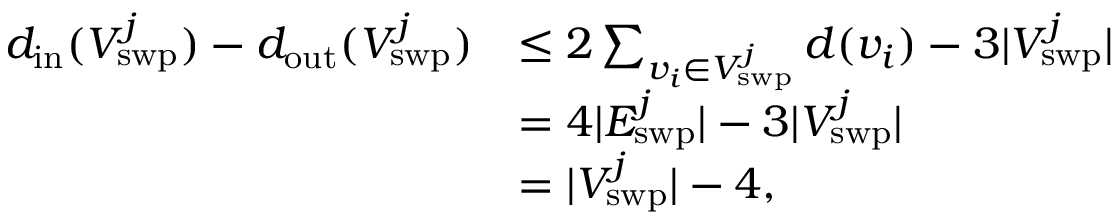
\begin{array} { r l } { d _ { \mathrm { i n } } ( V _ { \mathrm { s w p } } ^ { j } ) - d _ { \mathrm { o u t } } ( V _ { \mathrm { s w p } } ^ { j } ) } & { \le 2 \sum _ { v _ { i } \in V _ { \mathrm { s w p } } ^ { j } } d ( v _ { i } ) - 3 | V _ { \mathrm { s w p } } ^ { j } | } \\ & { = 4 | E _ { \mathrm { s w p } } ^ { j } | - 3 | V _ { \mathrm { s w p } } ^ { j } | } \\ & { = | V _ { \mathrm { s w p } } ^ { j } | - 4 , } \end{array}